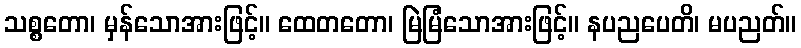
သစ္စတော၊ မှန်သောအားဖြင့်။ ထေတတော၊ မြဲမြံသောအားဖြင့်။ နပညပေတိ၊ မပညတ်။